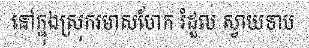
នៅក្នុងស្រុករមាសហែក រំដួល ស្វាយទាប